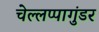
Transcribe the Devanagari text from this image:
चेल्लप्पागुंडर